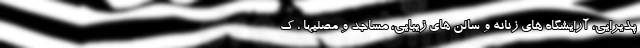
پذیرایی، آرایشگاه های زنانه و سالن های زیبایی، مساجد و مصلیها ، ک